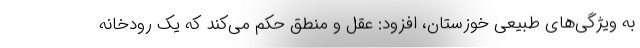
به ویژگی‌های طبیعی خوزستان، افزود: عقل و منطق حکم می‌کند که یک رودخانه